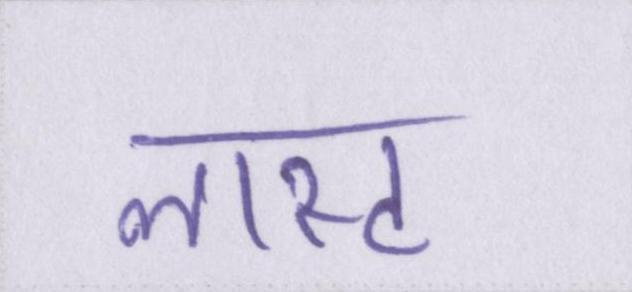
लास्ट